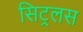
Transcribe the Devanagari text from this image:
सिट्रलस